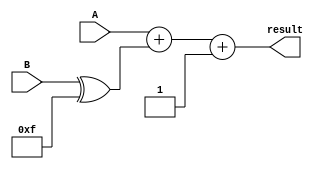
module subtractor(input [3:0] A, B,
                   output [3:0] result);

  wire [3:0] A_inv;
  wire [3:0] B_neg;
  wire [3:0] carry;

  assign A_inv = ~A;
  assign B_neg = B ^ 4'b1111;

  assign {carry[3], result} = A + B_neg + 4'b0001;

endmodule